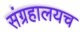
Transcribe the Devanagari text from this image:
संग्रहालयच